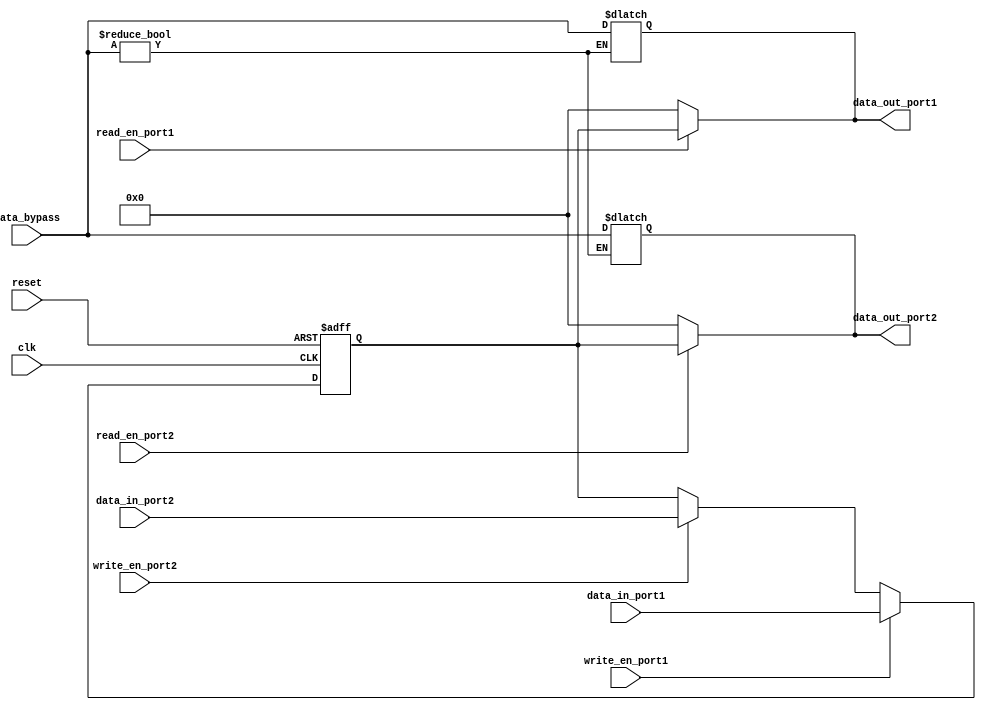
module dual_port_bypass_register (
    input wire clk,
    input wire reset,
    input wire [7:0] data_in_port1,
    input wire [7:0] data_in_port2,
    input wire [7:0] data_bypass,
    input wire write_en_port1,
    input wire write_en_port2,
    input wire read_en_port1,
    input wire read_en_port2,
    output reg [7:0] data_out_port1,
    output reg [7:0] data_out_port2
);

reg [7:0] register_data;

always @(posedge clk or posedge reset) begin
    if (reset) begin
        register_data <= 8'b0;
    end else begin
        if (write_en_port1) begin
            register_data <= data_in_port1;
        end else if (write_en_port2) begin
            register_data <= data_in_port2;
        end
    end
end

assign data_out_port1 = (read_en_port1) ? register_data : 8'b0;
assign data_out_port2 = (read_en_port2) ? register_data : 8'b0;

always @(*) begin
    if (data_bypass) begin
        data_out_port1 <= data_bypass;
        data_out_port2 <= data_bypass;
    end
end

endmodule